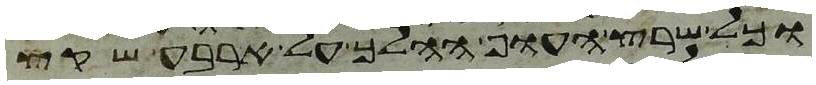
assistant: כל שרץ העוף ההלך על ארבע שקץ